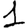
Digit: 1